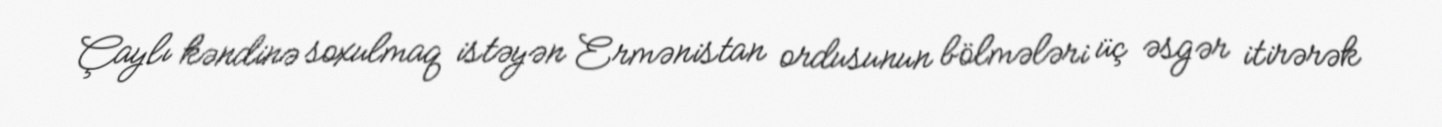
Çaylı kəndinə soxulmaq istəyən Ermənistan ordusunun bölmələri üç əsgər itirərək